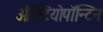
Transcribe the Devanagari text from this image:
ऑस्टियोपॉन्टिन